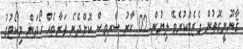
ޤާނޫނީގޮތުން ގެޒެޓްކުރެވޭ ލިޔުން 02 ކާރު ސާރވިސް ކޮށްދޭނެ ފަރާތެއް ހޯދަން މިކޯޓުގު